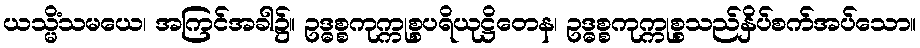
ယသ္မိံသမယေ၊ အကြင်အခါ၌။ ဥဒ္ဓစ္စကုက္ကုစ္စပရိယုဋ္ဌိတေန၊ ဥဒ္ဓစ္စကုက္ကုစ္စသည်နှိပ်စက်အပ်သော။